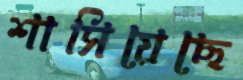
শাসিয়েছে